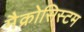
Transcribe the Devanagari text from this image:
मैक्रोसिस्टम